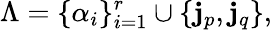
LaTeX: \Lambda=\{ \alpha_{i}\} _{i=1}^{r}\cup\{ {\mathbf j}_{p},{\mathbf j}_{q}\} ,